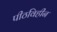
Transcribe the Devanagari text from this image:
पीठविहीन